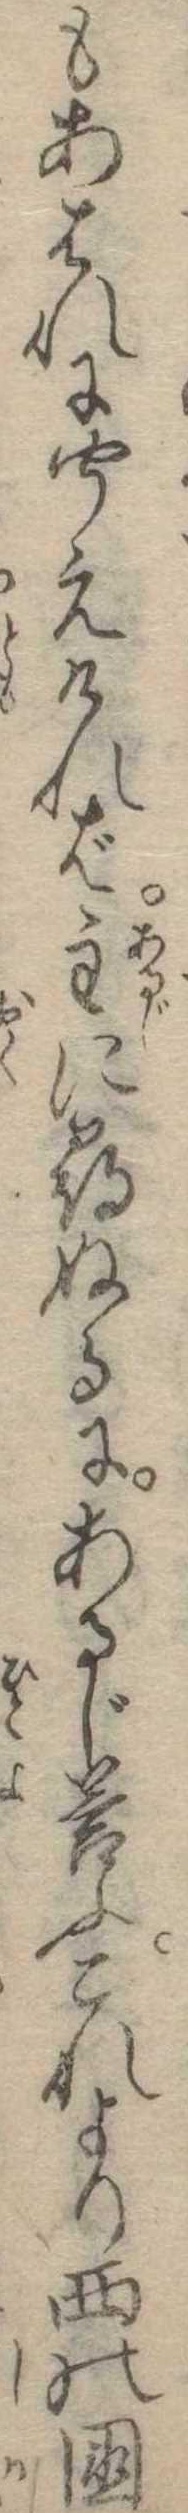
もあはれに聞えければ主に尋ぬるにあるじ答ふこれより西の国